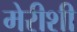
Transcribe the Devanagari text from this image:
मेरीशी